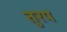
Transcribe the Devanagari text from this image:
तुरप